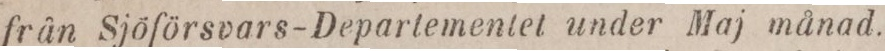
från Sjöförsvars-Departementet under Maj månad.